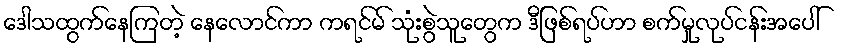
ဒေါသထွက်နေကြတဲ့ နေလောင်ကာ ကရင်မ် သုံးစွဲသူတွေက ဒီဖြစ်ရပ်ဟာ စက်မှုလုပ်ငန်းအပေါ်